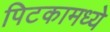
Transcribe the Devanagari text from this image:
पिटकामध्ये